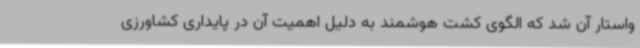
واستار آن شد که الگوی کشت هوشمند به دلیل اهمیت آن در پایداری کشاورزی